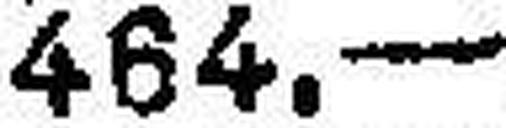
464.—